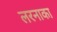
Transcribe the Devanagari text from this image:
लरनाका